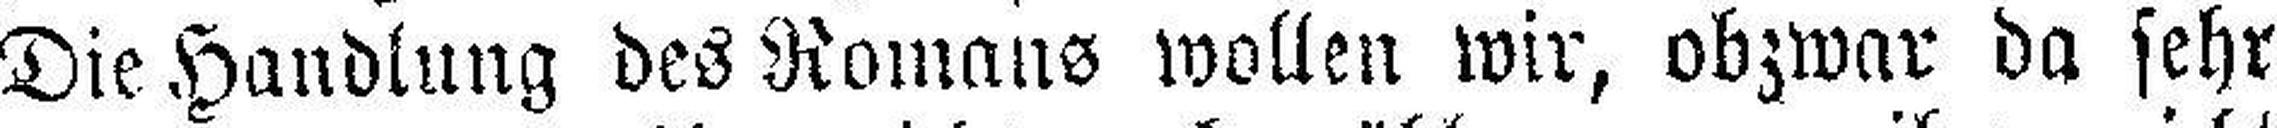
Die Handlung des Romans wollen wir, obzwar da sehr